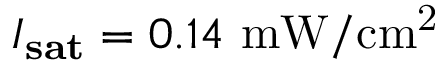
I _ { \mathbf { s a t } } = 0 . 1 4 ~ \mathrm { m W / c m ^ { 2 } }